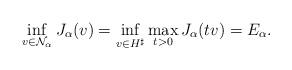
LaTeX: \begin{align*} \inf_{v \in \mathcal{N}_\alpha} J_\alpha(v) = \inf_{v \in H^{\sharp}} \max_{t >0} J_\alpha (tv) = E_\alpha.\end{align*}